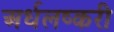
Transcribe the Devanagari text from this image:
अर्धलष्करी